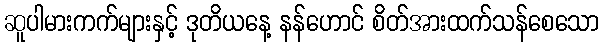
ဆူပါမားကက်များနှင့် ဒုတိယနေ့ နန်ဟောင် စိတ်အားထက်သန်စေသော